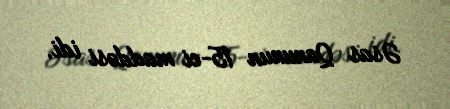
Əsas Qanunun 15-ci maddəsi idi.